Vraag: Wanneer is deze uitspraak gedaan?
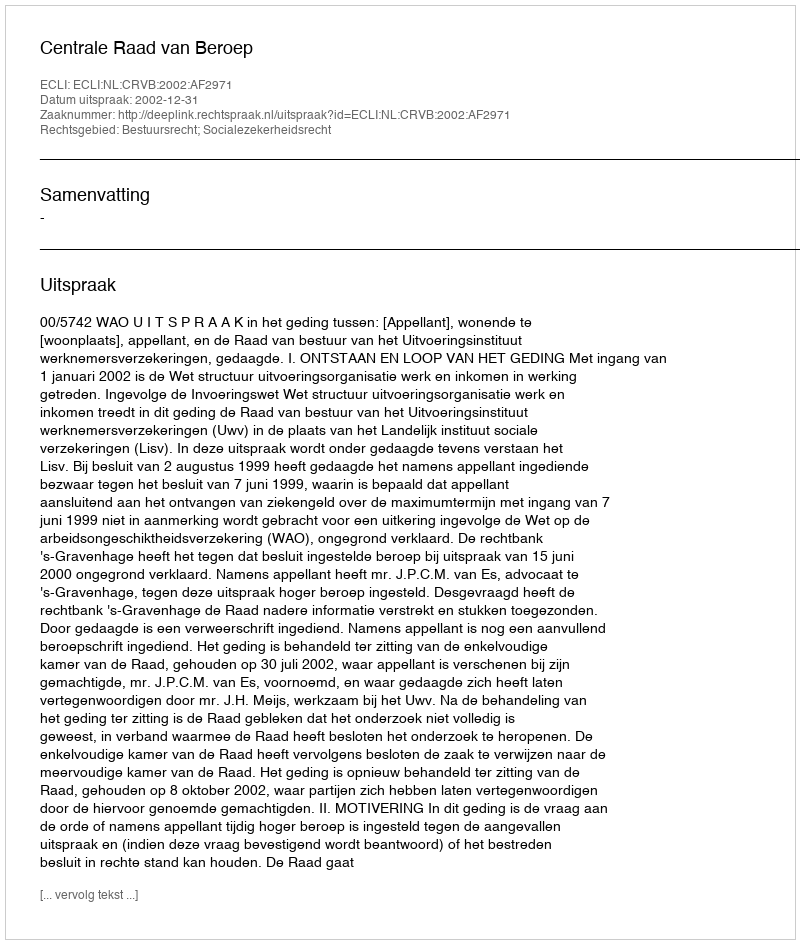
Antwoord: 2002-12-31